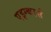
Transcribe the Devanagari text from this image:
एइग्कार्स